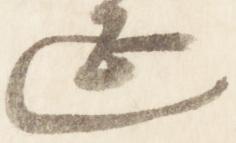
延